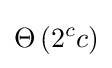
\Theta \left(2^{c}c\right)